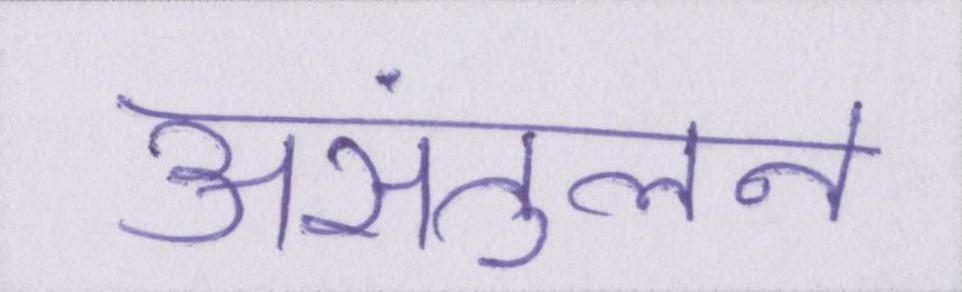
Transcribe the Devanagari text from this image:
असंतुलन